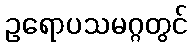
ဥရောပသမဂ္ဂတွင်